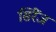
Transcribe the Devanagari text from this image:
सिरेंज